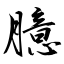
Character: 臆